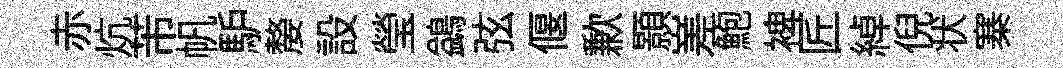
赤炕芾帆馿嫠設瑩鷁弦偃歉顥嵳鮑裨匠綽倪状寨